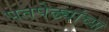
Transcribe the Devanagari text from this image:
पतपेढ्यांच्या